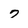
Character: 7